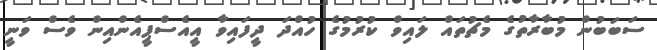
ސަބަބުން މުބާރާތުގެ މެޗުތައް ލައިވް ކުރުމުގެ ހުއްދަ ދީފައިވާ އީއެސްޕީއެންއިން ވެސް ވަނީ